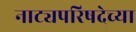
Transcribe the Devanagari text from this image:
नाट्यपरिषदेच्या